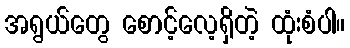
အရွယ်တွေ စောင့်လေ့ရှိတဲ့ ထုံးစံပါ။